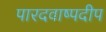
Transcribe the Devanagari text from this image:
पारदवाष्पदीप